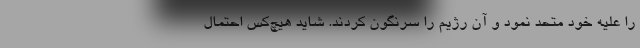
را عليه خود متحد نمود و آن رژيم را سرنگون كردند. شايد هيچ‌‌كس احتمال